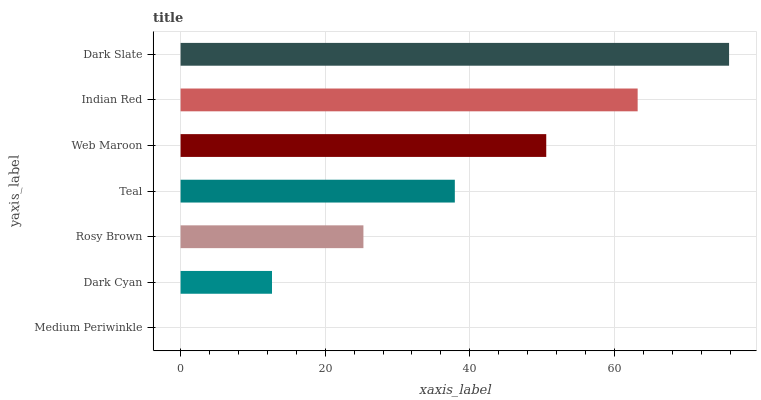
| yaxis_label | bars |
 | --- | --- |
 | Medium Periwinkle | 0 |
 | Dark Cyan | 12.6 |
 | Rosy Brown | 25.3 |
 | Teal | 37.9 |
 | Web Maroon | 50.6 |
 | Indian Red | 63.2 |
 | Dark Slate | 75.9 |